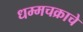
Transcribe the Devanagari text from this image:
धम्मचक्राचे